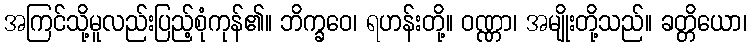
အကြင်သို့မူလည်းပြည့်စုံကုန်၏။ ဘိက္ခဝေ၊ ရဟန်းတို့။ ဝဏ္ဏာ၊ အမျိုးတို့သည်။ ခတ္တိယော၊